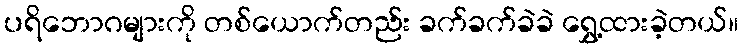
ပရိဘောဂများကို တစ်ယောက်တည်း ခက်ခက်ခဲခဲ ရွှေ့ထားခဲ့တယ်။